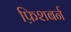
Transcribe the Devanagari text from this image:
फ़िशबर्न